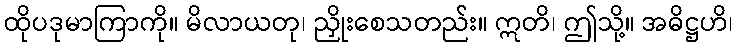
ထိုပဒုမာကြာကို။ မိလာယတု၊ ညှိုးစေသတည်း။ ဣတိ၊ ဤသို့။ အဓိဋ္ဌဟိ၊